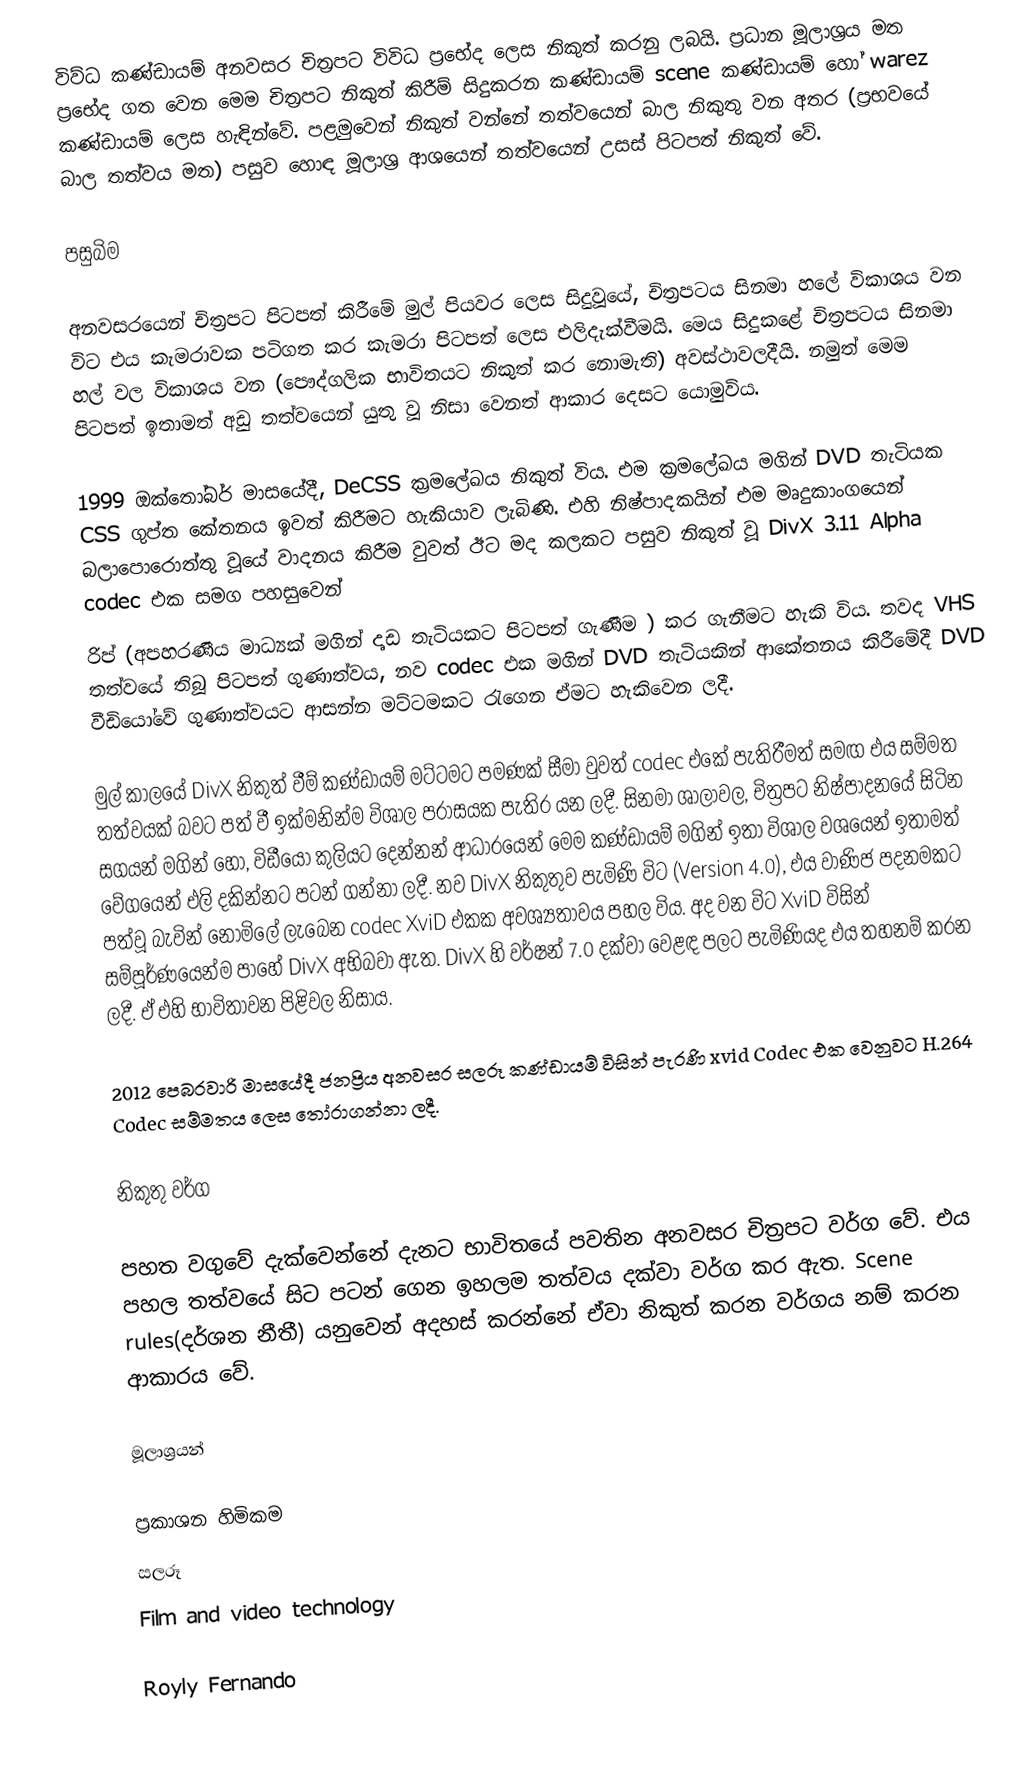
විව්ධ කණ්ඩායම් අනවසර චිත්‍රපට විවිධ ප්‍රභේද ලෙස නිකුත් කරනු ලබයි. ප්‍රධාන මූලාශ්‍රය මත ප්‍රභේද ගත වෙන මෙම චිත්‍රපට නිකුත් කිරීම් සිදුකරන කණ්ඩායම් scene කණ්ඩායම් හෝ warez කණ්ඩායම් ලෙස හැඳින්වේ. පළමුවෙන් නිකුත් වන්නේ තත්වයෙන් බාල නිකුතු වන අතර (ප්‍රභවයේ බාල තත්වය මත) පසුව හොඳ මූලාශ්‍ර ආශයෙන් තත්වයෙන් උසස් පිටපත් නිකුත් වේ.

පසුබිම

අනවසරයෙන් චිත්‍රපට පිටපත් කිරීමේ මුල් පියවර ලෙස සිදුවූයේ, චිත්‍රපටය සිනමා හලේ විකාශය වන විට එය කැමරාවක පටිගත කර කැමරා පිටපත් ලෙස එලිදැක්වීමයි. මෙය සිදුකළේ චිත්‍රපටය සිනමා හල් වල විකාශය වන (පෞද්ගලික භාවිතයට නිකුත් කර නොමැති) අවස්ථාවලදීයි. නමුත් මෙම පිටපත් ඉතාමත් අඩු තත්වයෙන් යුතු වූ නිසා වෙනත් ආකාර දෙසට යොමුවිය.

1999 ඔක්තෝබර් මාසයේදී, DeCSS ක්‍රමලේඛය නිකුත් විය. එම ක්‍රමලේඛය මගින් DVD තැටියක CSS ගුප්ත කේතනය ඉවත් කිරීමට හැකියාව ලැබිණි. එහි නිෂ්පාදකයින් එම මෘදුකාංගයෙන් බලාපොරොත්තු වූයේ වාදනය කිරීම වුවත් ඊට මද කලකට පසුව නිකුත් වූ DivX 3.11 Alpha codec එක සමග පහසුවෙන්
රිප් (අපහරණීය මාධ්‍යක් මගින් දෘඩ තැටියකට පිටපත් ගැණීම ) කර ගැනීමට හැකි විය. තවද VHS තත්වයේ තිබූ පිටපත් ගුණාත්වය, නව codec එක මගින් DVD තැටියකින් ආකේතනය කිරීමේදී DVD වීඩියෝවේ ගුණාත්වයට ආසන්න මට්ටමකට රැගෙන ඒමට හැකිවෙන ලදී.

මුල් කාලයේ DivX නිකුත් වීම් කණ්ඩායම් මට්ටමට පමණක් සීමා වුවත් codec එකේ පැතිරීමත් සමඟ එය සම්මත තත්වයක් බවට පත් වී ඉක්මනින්ම විශාල පරාසයක පැතිර යන ලදී. සිනමා ශාලාවල, චිත්‍රපට නිෂ්පාදනයේ සිටින සගයන් මගින් හෝ,  විඩීයෝ කුලියට දෙන්නන් ආධාරයෙන් මෙම කණ්ඩායම් මගින් ඉතා විශාල වශයෙන් ඉතාමත් වේගයෙන් එලි දකින්නට පටන් ගන්නා ලදී. නව DivX නිකුතුව පැමිණි විට (Version 4.0), එය වාණිජ  පදනමකට පත්වූ බැවින් නොමිලේ ලැබෙන codec XviD එකක අවශ්‍යතාවය පහල විය. අද වන විට ‍XviD විසින් සම්පූර්ණයෙන්ම පාහේ DivX අභිබවා ඇත. DivX හි වර්ෂන් 7.0 දක්වා වෙළඳ පලට පැමිණියද එය තහනම් කරන ලදී.  ඒ එහි භාවිතාවන පිළිවල නිසාය.

2012 පෙබරවාරි මාසයේදී ජනප්‍රිය අනවසර සලරූ කණ්ඩායම් විසින් පැරණි xvid Codec එක වෙනුවට H.264 Codec සම්මතය ලෙස තෝරාගන්නා ලදී.

නිකුතු වර්ග

පහත වගුවේ දැක්වෙන්නේ දැනට භාවිතයේ පවතින අනවසර චිත්‍රපට වර්ග වේ. එය පහල තත්වයේ සිට පටන් ගෙන ඉහලම තත්වය දක්වා වර්ග කර ඇත. Scene rules(දර්ශන නීතී) යනුවෙන් අදහස් කරන්නේ ඒවා නිකුත් කරන වර්ගය නම් කරන ආකාරය වේ.

මූලාශ්‍රයන්

ප්‍රකාශන හිමිකම
සලරූ
Film and video technology

Royly Fernando